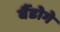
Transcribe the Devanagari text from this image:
बैंडोगे